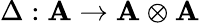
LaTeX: \Delta:\mathbf{A}\rightarrow\mathbf{A}\otimes\mathbf{A}